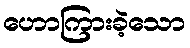
ဟောကြားခဲ့သော